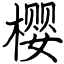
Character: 樱